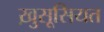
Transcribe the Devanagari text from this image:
ख़ुसूसियत